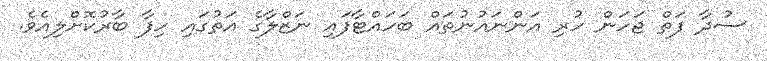
ސުދާ ފަތް ޖަހަން ހުރި އަންނައުނުތައް ބަހައްޓާފައި ނަޒްލާގެ އަތުގައި ހިފާ ބާރުކޮށްލިއެވެ.